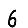
Digit: 6